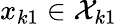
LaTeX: x_{k1}\in\mathcal{X}_{k1}